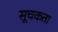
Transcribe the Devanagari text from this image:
सूचकता